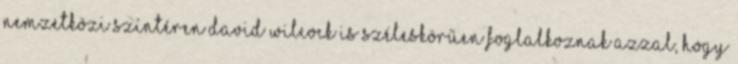
nemzetközi színtéren David Wilcock is széleskörűen foglalkoznak azzal, hogy